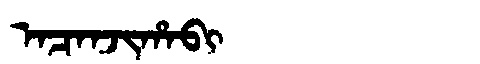
Manchu: ᠠᠴᠠᠨᠵᡳᡥᠠᠪᡳ
Romanization: ACANJIHABI